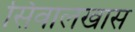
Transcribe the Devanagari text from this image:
सिवालखास